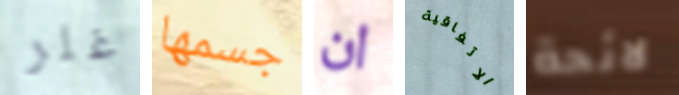
غلر جسمها ان الاتفاقية لائحة